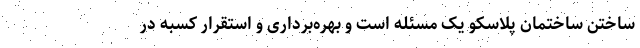
ساختن ساختمان پلاسکو یک مسئله است و بهره‌برداری و استقرار کسبه در